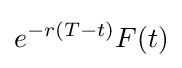
e^{-r(T-t)}F(t)